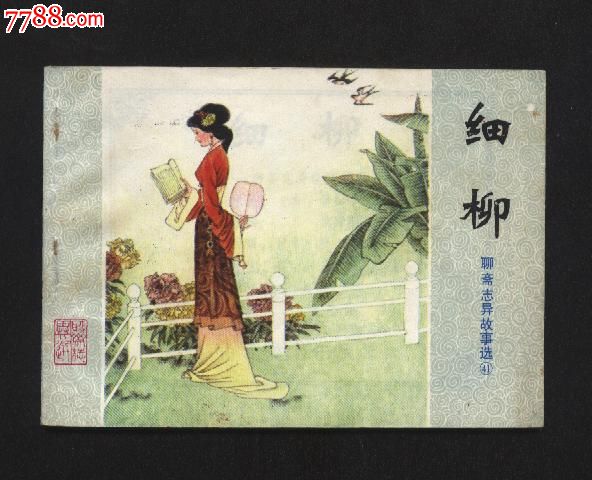
东风静细柳垂金缕。